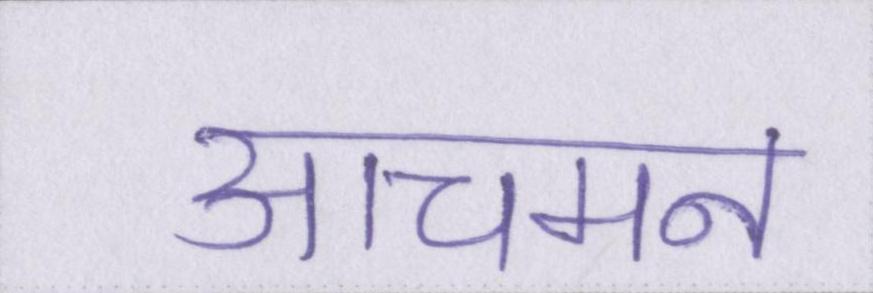
आचमन